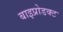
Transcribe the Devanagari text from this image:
बाइप्रोडक्ट